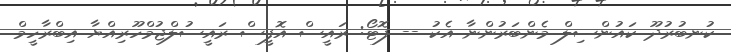
ކުނބުރުދޫ ކައުންސިލް މެންބަރުންނާ އެކު -- ފޮޓޯ: ރައީސް އޮފީސް ރައީސުލްޖުމްހޫރިއްޔާ އިބްރާހީމް